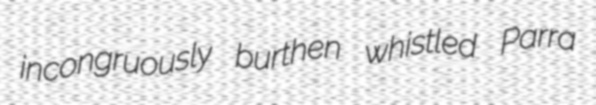
incongruously burthen whistled Parra